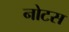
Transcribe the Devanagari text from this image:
नोटस